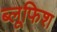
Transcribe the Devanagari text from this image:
ब्लूफिश